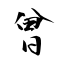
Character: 曾